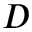
D